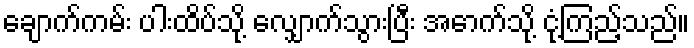
ချောက်ကမ်း ပါးထိပ်သို့ လျှောက်သွားပြီး အောက်သို့ ငုံ့ကြည့်သည်။